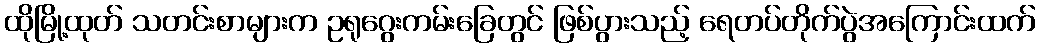
ထိုမြို့ထုတ် သတင်းစာများက ဥရုဂွေးကမ်းခြေတွင် ဖြစ်ပွားသည့် ရေတပ်တိုက်ပွဲအကြောင်းထက်